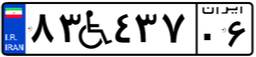
۸۳W۴۳۷۰۶